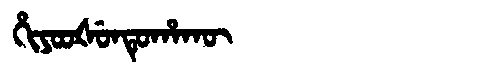
Manchu: ᡥᡳᠶᠣᠣᡧᡠᠨᡨᡠᡥᠠᡴᡡ
Romanization: HIYOOŠUNTUHAKŪ